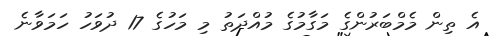
އެ ތިން މެމްބަރުންގެ މަގާމުގެ މުއްދަތު މި މަހުގެ 17 ދުވަހު ހަމަވާނެ